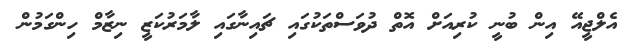
އެލްޖީއޭ އިން ބުނީ ކުރިއަށް އޮތް ދުވަސްތަކުގައި ޗައިނާގައި ލާމަރުކަޒީ ނިޒާމް ހިންގަމުން